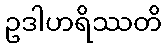
ဥဒါဟရိဿတိ